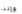
وإننا